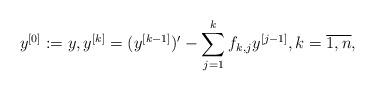
LaTeX: \begin{align*} y^{[0]} := y, y^{[k]} = (y^{[k-1]})' - \sum_{j = 1}^k f_{k,j} y^{[j-1]}, k = \overline{1,n},\end{align*}